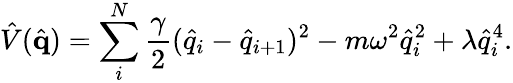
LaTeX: \hat{V}(\hat{\textbf{q}})=\sum_{i}^{N}\frac{\gamma}{2}(\hat{q}_{i}-\hat{q}_{i+1})^{2}-m\omega^{2}\hat{q}_{i}^{2}+\lambda\hat{q}_{i}^{4}.